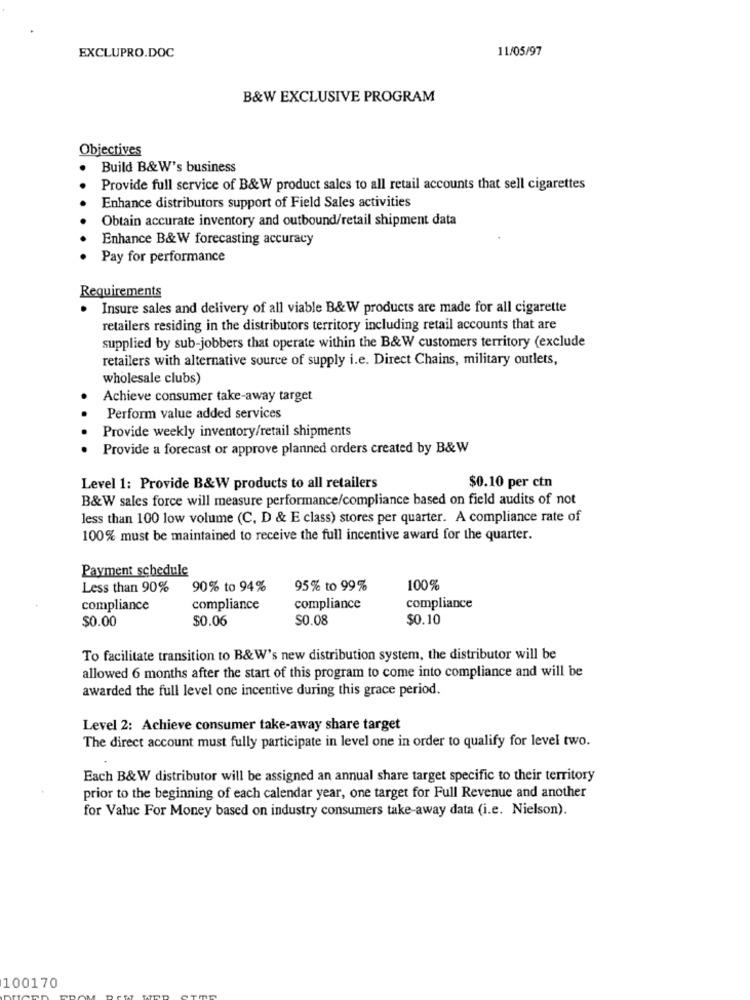
11/05/97
EXCLUPRO.DOC
B&W EXCLUSIVE PROGRAM
Objectives
Build B&W's business
Provide full service of B&W product sales to all retail accounts that sell cigarettes
Enhance distributors support of Field Sales activities
Obtain accurate inventory and outbound/retail shipment data
Enhance B&W forecasting accuracy
Pay for performance
Requirements
.
Insure sales and delivery of all viable B&W products are made for all cigarette
retailers residing in the distributors territory including retail accounts that are
supplied by sub-jobbers that operate within the B&W customers territory (exclude
retailers with alternative source of supply i.e. Direct Chains, military outlets,
wholesale clubs)
Achieve consumer take-away target
Perform value added services
Provide weekly inventory/retail shipments
Provide a forecast or approve planned orders created by B&W
Level 1: Provide B&W products to all retailers
$0.10 per ctn
B&W sales force will measure performance/compliance based on field audits of not
less than 100 low volume (C, D & E class) stores per quarter. A compliance rate of
100% must be maintained to receive the full incentive award for the quarter.
Payment schedule
Less than 90%
90% to 94%
95% to 99%
100%
compliance
compliance
compliance
compliance
$0.00
$0.06
$0.08
$0.10
To facilitate transition to B&W's new distribution system, the distributor will be
allowed 6 months after the start of this program to come into compliance and will be
awarded the full level one incentive during this grace period.
Level 2: Achieve consumer take-away share target
The direct account must fully participate in level one in order to qualify for level two.
Each B&W distributor will be assigned an annual share target specific to their territory
prior to the beginning of each calendar year, one target for Full Revenue and another
for Value For Money based on industry consumers take-away data (i.e. Nielson).
100170